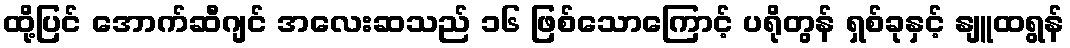
ထို့ပြင် အောက်ဆီဂျင် အလေးဆသည် ၁၆ ဖြစ်သောကြောင့် ပရိုတွန် ရှစ်ခုနှင့် နျူထရွန်